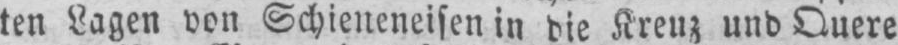
ten Lagen von Schieneneisen in die Kreuz und Quere